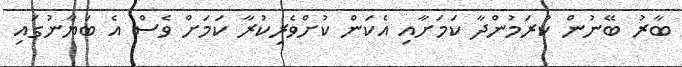
ބާރު ބޭނުން ކުރަމުންދާ ކަމަށާއި އެކަން ކުށްވެރިކުރާ ކަމަށް ވެސް އެ ބަޔާނުގައި